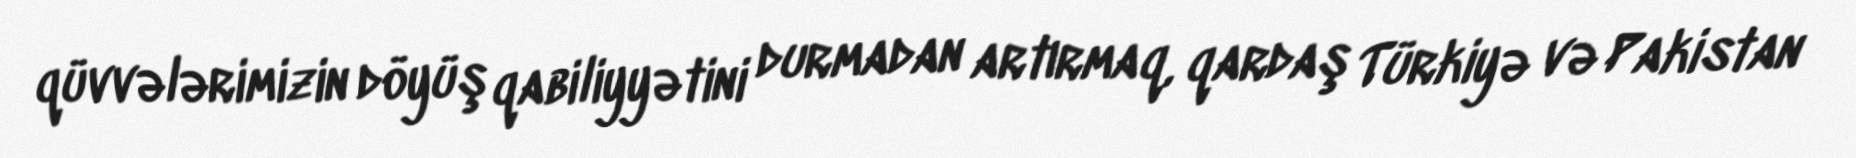
qüvvələrimizin döyüş qabiliyyətini durmadan artırmaq, qardaş Türkiyə və Pakistan